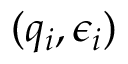
( q _ { i } , \epsilon _ { i } )